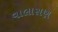
વાલાસણ